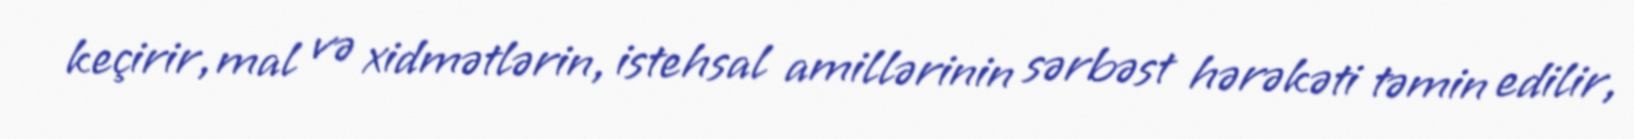
keçirir, mal və xidmətlərin, istehsal amillərinin sərbəst hərəkəti təmin edilir,